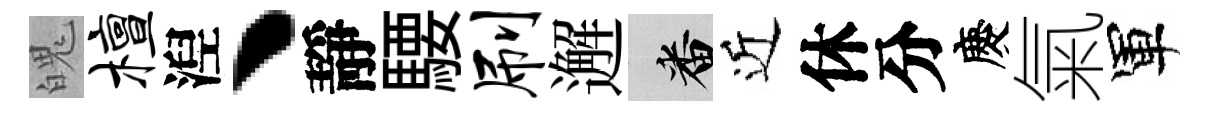
魄檀湼丶靜騕刷邂番近休分慶氣軍